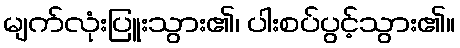
မျက်လုံးပြူးသွား၏၊ ပါးစပ်ပွင့်သွား၏။